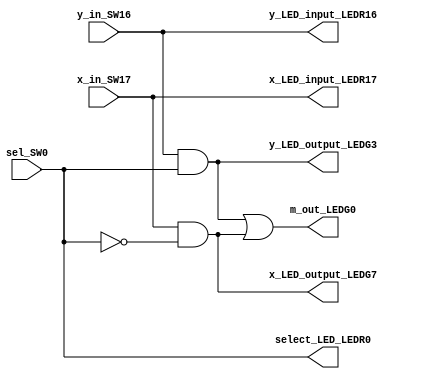
module lab_2_multiplexer_simulation_testing (m_out_LEDG0, 
															x_LED_input_LEDR17 , y_LED_input_LEDR16, 
															x_LED_output_LEDG7, y_LED_output_LEDG3, select_LED_LEDR0,
															x_in_SW17,y_in_SW16,sel_SW0);

input x_in_SW17,y_in_SW16,sel_SW0;
output m_out_LEDG0;
wire y_select, x_select,not_select;

// LED outputs
output x_LED_input_LEDR17 , y_LED_input_LEDR16 , select_LED_LEDR0,x_LED_output_LEDG7, y_LED_output_LEDG3;

// LED connections 
wire select_LED_LEDR0 = sel_SW0;
wire x_LED_input_LEDR17 = x_in_SW17;
wire y_LED_input_LEDR16 = y_in_SW16;
wire x_LED_output_LEDG7 = x_select;
wire y_LED_output_LEDG3 = y_select;

not (not_select,sel_SW0);

and (y_select, y_in_SW16, sel_SW0);
and (x_select,x_in_SW17, not_select);
or (m_out_LEDG0,y_select, x_select);



endmodule


/*

module test_bench(m_out_wire);

reg local_sel,local_x_in,local_y_in;
reg local_m_out;
output m_out_wire;


lab_2_multiplexer_simulation_testing two_to_one_mux (m_out_wire,local_x_in,local_y_in,local_sel);


initial
begin
    $monitor($time, "x_in = %b, y_in = %b, sel = %b, --- m_out_wire = %b\n", local_x_in, local_y_in, local_sel, m_out_wire );

end
// Stimulus inputs
initial
begin
    local_x_in = 0; local_y_in = 0; local_sel = 0;
    #10 local_x_in = 0; local_y_in = 0; local_sel = 0;
    #10 local_x_in = 0; local_y_in = 1; local_sel = 0;
    #10 local_x_in = 1; local_y_in = 0; local_sel = 0;
    #10 local_x_in = 1; local_y_in = 1; local_sel = 0;
    #10 local_x_in = 0; local_y_in = 0; local_sel = 1;
    #10 local_x_in = 0; local_y_in = 1; local_sel = 1;
    #10 local_x_in = 1; local_y_in = 0; local_sel = 1;
    #10 local_x_in = 1; local_y_in = 1; local_sel = 1;
end


endmodule
*/